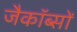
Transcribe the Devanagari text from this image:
जैकॉब्सों